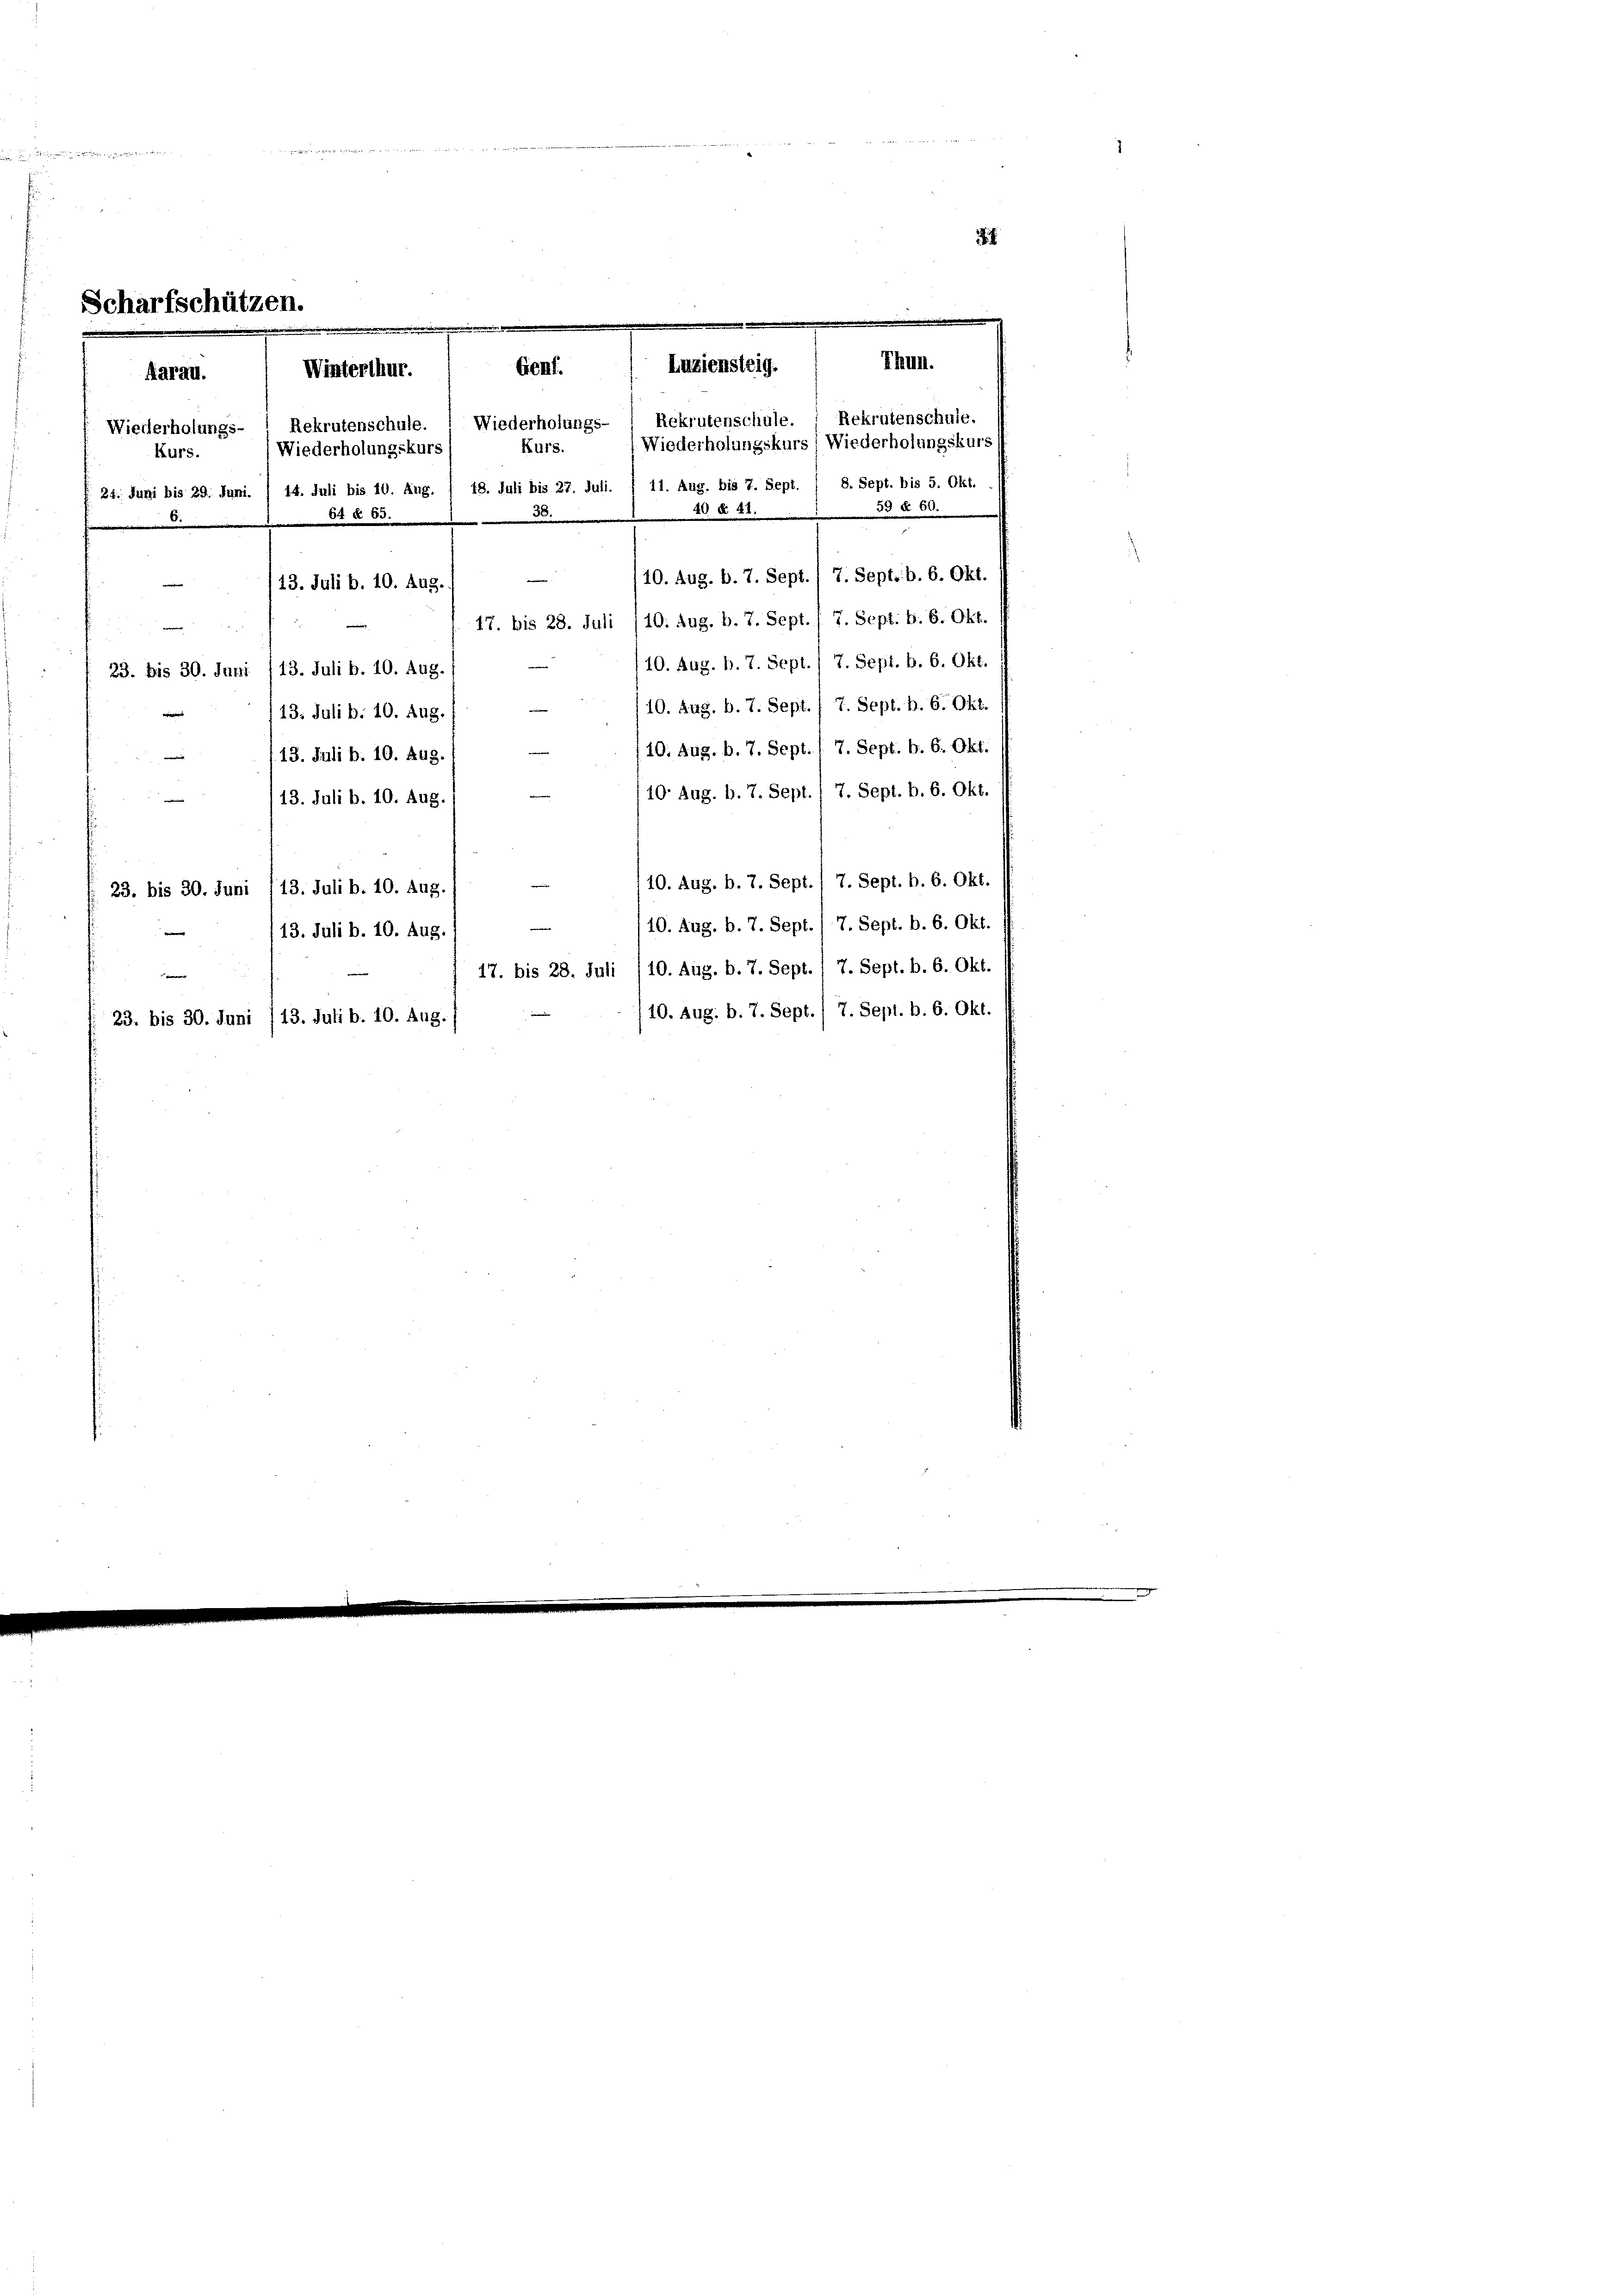
Aarau.
Wiederholungs-
Hurs.
24. Juni bis 29. Juni. / 14. Juli bis 10. Aug.
d

Scharfschützen.

7
Genf.
Winterthur.
Rekrutenschule.
Wiederholungskur¬
20 § 22.
65
110. Aug. b. 7. Sept. / 7. Sept. b. 6. Okt.
13. Juli b. 10. Aug.
17. bis 28. Juli /10. Aug. b. 7. Sept./ 7. Sept. b. 6. Okt.
e
/10. Aug. b. 7. Sept./ 7. Sept. b. 6. Okt.
23. bis 30. Juni /13. Juli b. 10. Aug.
10. Aug. b. 7. Sept. / 7. Sept. b. 6. Okt.
13. Juli b. 10. Aug
10. Aug. b. 7. Sept. / 7. Sept. b. 6. Okt.
13. Juli b. 10. Aug.
10 Aug. b. 7. Sept. / 7. Sept. b. 6. Okt.
13. Juli b. 10. Aug.
10. Aug. b. 7. Sept./ 7. Sept. b. 6. Okt.
23. bis 30. Juni 113. Juli b. 10. Aug.
10. Aug. b. 7. Sept. / 7. Sept. b. 6. Okt.
i
13. Juli b. 10. Aug.

e
23. bis 30. Juni /13. Juli b. 10. Aug.

Wiederholungs-
Kurs.
30.

e
e

Luziensteig.

B. Sept. bis 5. Okt.
59 § 60.
17. bis 28. Juli /10. Aug. b. 7. Sept. / 7. Sept. B. 6. Okt.
10. Aug. b. 7. Sept./ 7. Sept. b. 6. Okt.

Rekrutenschule.
Wiederholungskurs
48. Juli bis 27. Juli. § 11. Aug. bis 7. Sept.

III.
Rekrutenschule.
Wiederholungskurs

i